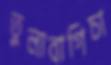
তুলাবাগিচা